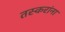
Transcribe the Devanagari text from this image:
तस्करांना